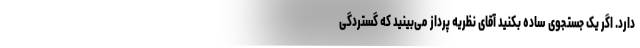
دارد. اگر یک جستجوی ساده بکنید آقای نظریه پرداز می‌بینید که گستردگی